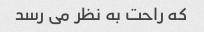
که راحت به نظر می رسد